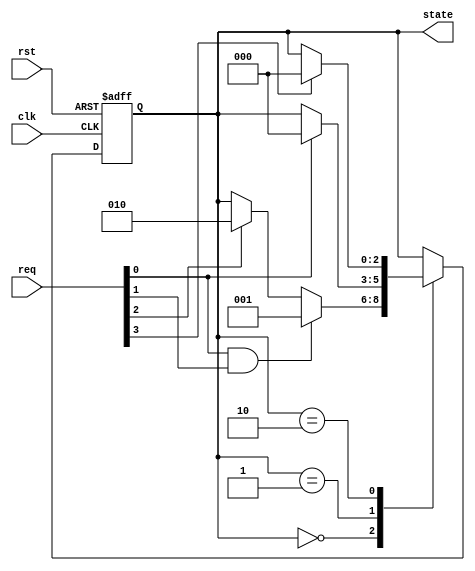
module state_machine (
    input clk,
    input rst,
    input [3:0] req,
    output reg [2:0] state
);

// State encoding
parameter STATE_A = 3'b000;
parameter STATE_B = 3'b001;
parameter STATE_C = 3'b010;

// Priority encoding logic
always @ (posedge clk or posedge rst) begin
    if (rst) begin
        state <= STATE_A;
    end else begin
        case(state)
            STATE_A: begin
                if (req[0] && req[1]) begin
                    state <= STATE_B;
                end else if (req[2]) begin
                    state <= STATE_C;
                end
            end
            STATE_B: begin
                if (req[0]) begin
                    state <= STATE_A;
                end
            end
            STATE_C: begin
                if (req[3]) begin
                    state <= STATE_A;
                end
            end
        endcase
    end
end

endmodule